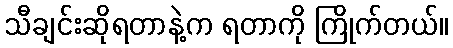
သီချင်းဆိုရတာနဲ့က ရတာကို ကြိုက်တယ်။